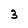
Character: 3